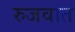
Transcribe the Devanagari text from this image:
रुजवात